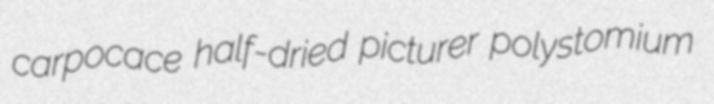
carpocace half-dried picturer polystomium